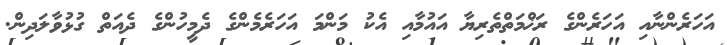
އަހަރެންނާއި އަހަރެންގެ ރަޚްމަތްތެރިޔާ އައުމާއި އެކު މަންމަ އަހަރެމެންގެ ދެމީހުންގެ ދެއަތް ގުޅުވާލަދިން.